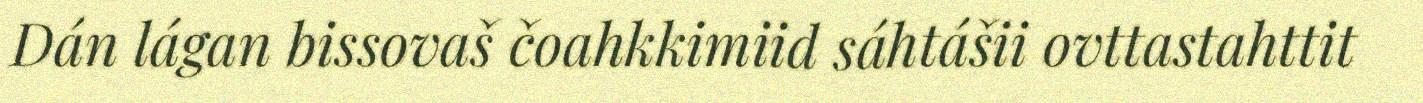
Dán lágan bissovaš čoahkkimiid sáhtášii ovttastahttit